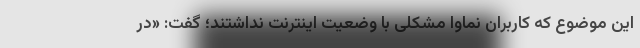
این موضوع که کاربران نماوا مشکلی با وضعیت اینترنت نداشتند؛ گفت: «در